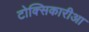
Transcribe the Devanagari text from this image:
टोक्सिकारीआ